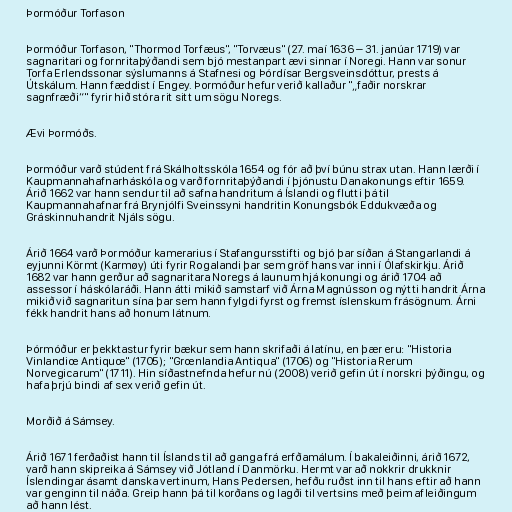
Þormóður Torfason

Þormóður Torfason, "Thormod Torfæus", "Torvæus" (27. maí 1636 – 31. janúar 1719) var
sagnaritari og fornritaþýðandi sem bjó mestanpart ævi sinnar í Noregi. Hann var sonur
Torfa Erlendssonar sýslumanns á Stafnesi og Þórdísar Bergsveinsdóttur, prests á
Útskálum. Hann fæddist í Engey. Þormóður hefur verið kallaður "„faðir norskrar
sagnfræði“" fyrir hið stóra rit sitt um sögu Noregs.

Ævi Þormóðs.

Þormóður varð stúdent frá Skálholtsskóla 1654 og fór að því búnu strax utan. Hann lærði í
Kaupmannahafnarháskóla og varð fornritaþýðandi í þjónustu Danakonungs eftir 1659.
Árið 1662 var hann sendur til að safna handritum á Íslandi og flutti þá til
Kaupmannahafnar frá Brynjólfi Sveinssyni handritin Konungsbók Eddukvæða og
Gráskinnuhandrit Njáls sögu.

Árið 1664 varð Þormóður kamerarius í Stafangursstifti og bjó þar síðan á Stangarlandi á
eyjunni Körmt (Karmøy) úti fyrir Rogalandi þar sem gröf hans var inni í Ólafskirkju. Árið
1682 var hann gerður að sagnaritara Noregs á launum hjá konungi og árið 1704 að
assessor í háskólaráði. Hann átti mikið samstarf við Árna Magnússon og nýtti handrit Árna
mikið við sagnaritun sína þar sem hann fylgdi fyrst og fremst íslenskum frásögnum. Árni
fékk handrit hans að honum látnum.

Þórmóður er þekktastur fyrir bækur sem hann skrifaði á latínu, en þær eru: "Historia
Vinlandiœ Antiquœ" (1705); "Grœnlandia Antiqua" (1706) og "Historia Rerum
Norvegicarum" (1711). Hin síðastnefnda hefur nú (2008) verið gefin út í norskri þýðingu, og
hafa þrjú bindi af sex verið gefin út.

Morðið á Sámsey.

Árið 1671 ferðaðist hann til Íslands til að ganga frá erfðamálum. Í bakaleiðinni, árið 1672,
varð hann skipreika á Sámsey við Jótland í Danmörku. Hermt var að nokkrir drukknir
Íslendingar ásamt danska vertinum, Hans Pedersen, hefðu ruðst inn til hans eftir að hann
var genginn til náða. Greip hann þá til korðans og lagði til vertsins með þeim afleiðingum
að hann lést.